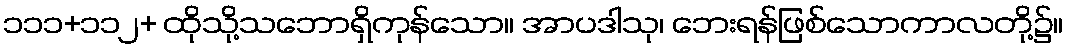
၁၁၁+၁၁၂+ ထိုသို့သဘောရှိကုန်သော။ အာပဒါသု၊ ဘေးရန်ဖြစ်သောကာလတို့၌။